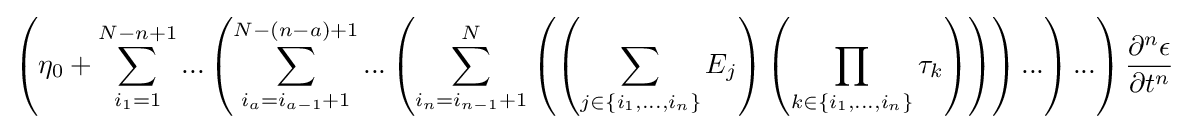
\left({\eta _{0}+\sum _{i_{1}=1}^{N-n+1}{...\left({\sum _{i_{a}=i_{a-1}+1}^{N-\left({n-a}\right)+1}{...\left({\sum _{i_{n}=i_{n-1}+1}^{N}{\left({\left({\sum _{j\in \left\{{i_{1},...,i_{n}}\right\}}{E_{j}}}\right)\left({\prod _{k\in \left\{{i_{1},...,i_{n}}\right\}}{\tau _{k}}}\right)}\right)}}\right)...}}\right)...}}\right){\frac {\partial ^{n}{\epsilon }}{\partial {t}^{n}}}